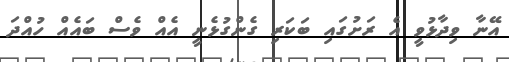
އޭނާ ވިދާޅުވީ އެ ރަށުގައި ބަކަރި ގެންގުޅެނީ އެއް ވެސް ބައެއް ހުއްދަ